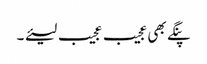
پنگے بھی عجیب عجیب لیئے ۔